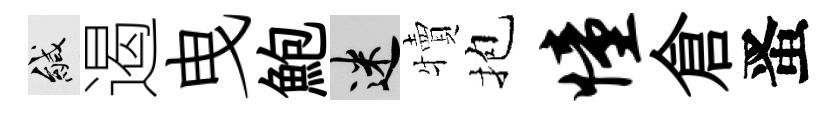
緘遏曳鮑迷犢抱憧倉󱉠